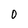
Character: O